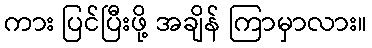
ကား ပြင်ပြီးဖို့ အချိန် ကြာမှာလား။